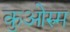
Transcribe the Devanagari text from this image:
कुओरुम